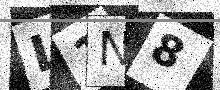
Text: L1N8